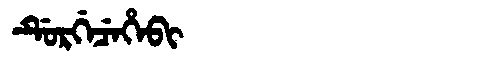
Manchu: ᡩᡠᡵᡤᡝᠴᡝᡥᡝᠪᡳ
Romanization: DURGECEHEBI